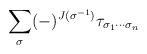
LaTeX: \begin{align*}\sum_{\sigma }(-)^{J(\sigma ^{-1})}\tau _{\sigma _{1}\cdots \sigma _{n}}\end{align*}